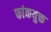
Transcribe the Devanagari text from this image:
फांकयुक्त